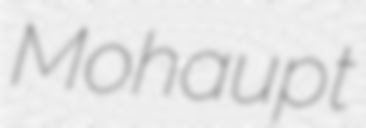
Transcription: Mohaupt